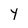
Character: Y